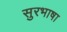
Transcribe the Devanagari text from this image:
सुरभाषा